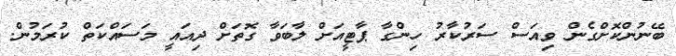
ބޭނުންކޮށްގެން ވިއަސް ސަރުކާރު ހިންގާ ޕާޓީއަށް ލާބަވާ ގޮތަށް ދިއައީ މަސައްކަތް ކުރަމުން.